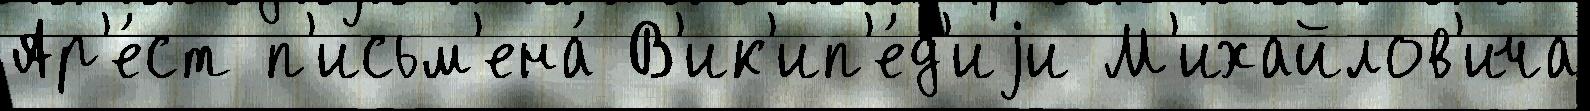
Ар'е́ст п'исьм'ена́ В'ик'ип'е́д'иjи М'ихайлов'ича